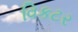
વિકટર